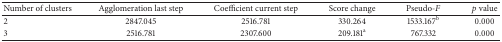
<table><thead><tr><td><b>Number of clusters</b></td><td><b>Agglomeration last step</b></td><td><b>Coefficient current step</b></td><td><b>Score change</b></td><td><b>Pseudo-<i>F</i></b></td><td><b><i>p</i> value</b></td></tr></thead><tbody><tr><td>2</td><td>2847.045</td><td>2516.781</td><td>330.264</td><td>1533.167<sup>b</sup></td><td>0.000</td></tr><tr><td>3</td><td>2516.781</td><td>2307.600</td><td>209.181<sup>a</sup></td><td>767.332</td><td>0.000</td></tr></tbody></table>